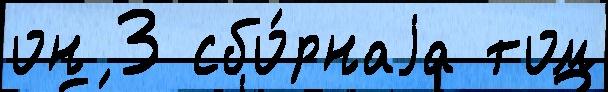
он 3 сбо́рнаjа том